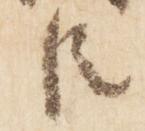
臣